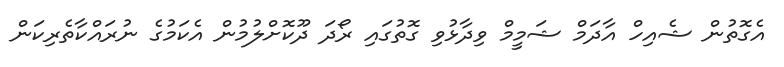
އެގޮތުން ޝެއިހް އާދަމް ޝަމީމް ވިދާޅުވި ގޮތުގައި ރޯދަ ދޫކޮށްލުމުން އެކަމުގެ ނުރައްކާތެރިކަން